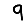
Digit: 9